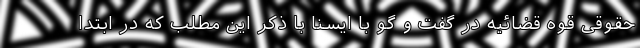
حقوقی قوه قضائیه در گفت و گو با ایسنا با ذکر این مطلب که در ابتدا